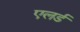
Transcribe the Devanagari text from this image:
एलर्ड